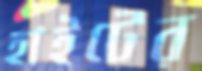
হাইটের